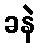
ခနဲ